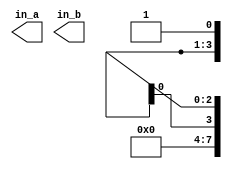
module CST_NR_MSBX (in_a, in_b);
   output [3:0] in_a;
   output [7:0] in_b;
   assign in_a = 4'bx1;
   assign in_b = 4'bxx;
endmodule